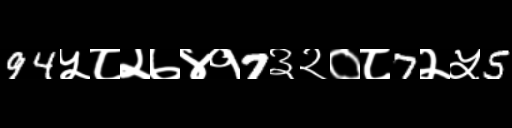
Text: 94५८२७४१7३२०८7२५5